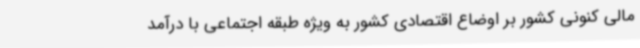
مالی کنونی کشور بر اوضاع اقتصادی کشور به ویژه طبقه اجتماعی با درآمد